Report of the Indian Hemp Drugs Commission, 1894-1895 - Volume VII
Year: 1894
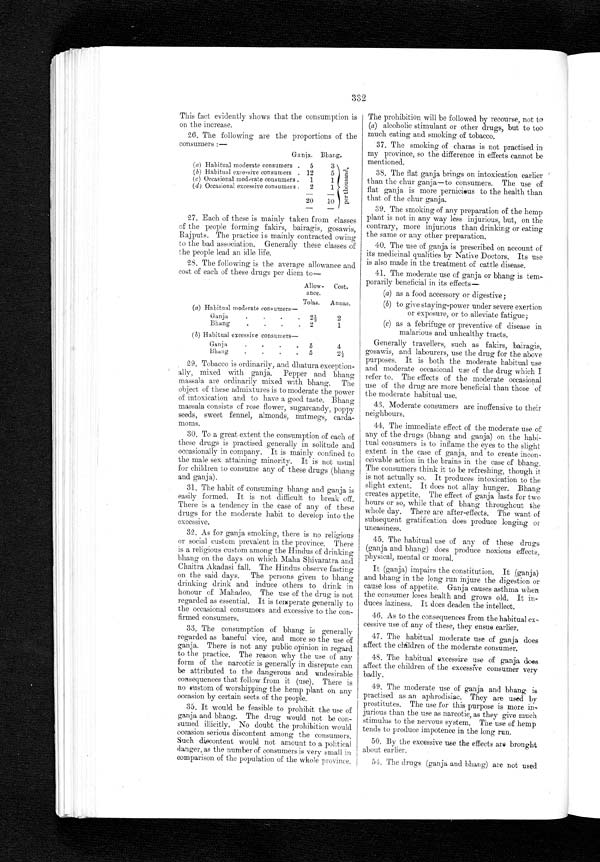
This fact evidently shows that the consumption is
on the increase.
26. The following are the proportions of the
consumers :—
Ganja. Bhang.
(a) Habitual moderate consumers .
5
3
(b) Habitual excessive consumers .
(c) Occasional moderate consumers .
12
1
5
1
(d) Occasional excessive consumers .
2
1
20
10
27. Each of these is mainly taken from classes
of the people forming fakirs, bairagis, gosawis,
Rajputs. The practice is mainly contracted owing
to the bad association. Generally these classes of
the people lead an idle life.
2S. The following is the average allowance and
cost of each of these drugs per diem to—
(a) Habitual moderate consumers—
Allow-
ance.
Tolas.
Cost.
Annas.
•
•
.
Ganja.
2½
2
•
•
•
Bhang.
(b) Habitual excessive consumers —
Ganja.
2
5
1
4
Bhang. '
•
•
5
2½
p e r t h o u s a n d .
332
The prohibition will be followed by recourse, not to
(a) alcoholic stimulant or other drugs, but to too
much eating and smoking of tobacco.
37. The smoking of charas is not practised in
my province, so the difference in effects cannot be
mentioned.
38. The flat ganja brings on intoxication earlier
than the chur ganja—to consumers. The use of
flat ganja is more pernicious to the health than
that of the chur ganja.
39. The smoking of any preparation of the hemp
plant is not in any way less injurious, but, on the
contrary, more injurious than drinking or eating
the same or any other preparation.
40. The use of ganja is prescribed on account of
its medicinal qualities by Native Doctors. Its use
is also made in the treatment of cattle disease.
41. The moderate use of ganja or bhang is tem-
porarily beneficial in its effects—
29. Tobacco is ordinarily, and dhatura exception-
ally, mixed with ganja. Pepper and bhang
massala are ordinarily mixed with bhang. The
object of these admixtures is to moderate the power
of intoxication and to have a good taste.
massala consists of rose flower, sugarcandy, poppy
seeds, sweet fennel, almonds, nutmegs, carda-
moms.
30. To a great extent the consumption of each of
these drugs is practised generally in solitude and
occasionally in company. It is mainly confined to
the male sex attaining minority. It is not usual
for children to consume any of these drugs (bhang
and ganja).
31. The habit of consuming bhang and ganja is
easily formed. It is not diff icult to break off.
There is a tendency in the case of any of these
drugs for the moderate habit to develop into the
excessive.
32. As for ganja smoking, there is no religious
or social custom prevalent in the province. There
is a religious custom among the Hindus of drinking
bhang on the days on which Maha Shivaratra and
Chaitra Akadasi fall. The Hindus observe fasting
on the said days. The persons given to bhang
drinking drink and induce others to drink in
honour of Mahadeo. The use of the drug is not
regarded as essential. It is temperate generally to
the occasional consumers and excessive to the con-
firmed consumers.
33. The consumption of bhang is generally
regarded as baneful vice, and more so the use of
ganja. There is not any public opinion in regard
to the practice. The reason why the use of any
form of the narcotic is generally in disrepute can
be attributed to the dangerous and undesirable
consequences that follow from it (use). There is
no custom of worshipping the hemp plant on any
occasion by certain sects of the people.
35. It would be feasible to prohibit the use of
ganja and bhang. The drug would not be con-
sumed illicitly. No doubt the prohibition would
occasion serious discontent among the consumers.
Such discontent would not amount to a political
danger, as the number of consumers is very small in
comparison of the population of the whole province.
as a food accessory or digestive;
(b) to give staying-power under severe exertion
or exposure, or to alleviate fatigue;
(c) as a febrifuge or preventive of disease in
malarious and unhealthy tracts.
Generally travellers, such as fakirs, bairagis,
gosawis, and labourers, use the drug for the above
purposes. It is both the moderate habitual use
and moderate occasional use of the drug which I
refer to. The effects of the moderate occasional
use of the drug are more beneficial than those of
the moderate habitual use.
43. Moderate consumers are inoffensive to their
neighbours.
44. The immediate effect of the moderate use of
any of the drugs (bhang and ganja) on the habi-
tual consumers is to inflame the eyes to the slight
extent in the case of ganja, and to create incon-
ceivable action in the brains in the case of bhang.
The consumers think it to be refreshing, though it
is not actually so. It produces intoxication to the
slight extent. It does not allay hunger. Bhang
creates appetite. The effect of ganja lasts for two
hours or so, while that of bhang throughout the
whole day. There are after-effects. The want of
subsequent gratification does produce longing or
uneasiness.
45. The habitual use of any of these drugs
(ganja and bhang) does produce noxious effects,
physical, mental or moral.
It (ganja) impairs the constitution. It (ganja)
and bhang in the long run injure the digestion or
cause loss of appetite. Ganja causes asthma when
the consumer loses health and grows old. It in-
duces laziness. It does deaden the intellect.
46. As to the consequences from the habitual ex-.
cessive use of any of these, they ensue earlier.
47. The habitual moderate use of ganja does
affect the children of the moderate consumer.
48. The habitual excessive use of ganja does
affect the children of the excessive consumer very
badly.
49. The moderate use of ganja and bhang is
practised as an aphrodisiac. They are used by
prostitutes. The use for this purpose is more in-
jurious than the use as narcotic, as they give much
stimulus to the nervous system. The use of hemp
tends to produce impotence in the long run.
50. By the excessive use the effects are brought
about earlier.
54. The drugs (ganja and bhang) are not used
(a)